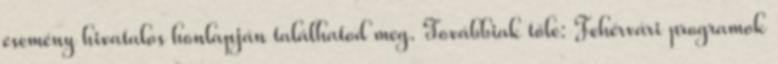
esemény hivatalos honlapján találhatod meg. Továbbiak tőle: Fehérvári programok